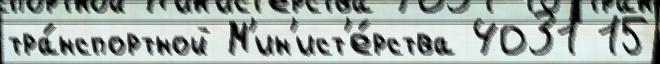
тра́нспортной М'ин'ист'е́рства 4031 15